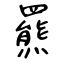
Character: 羆